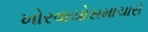
ખોરવાયોસમાચારો